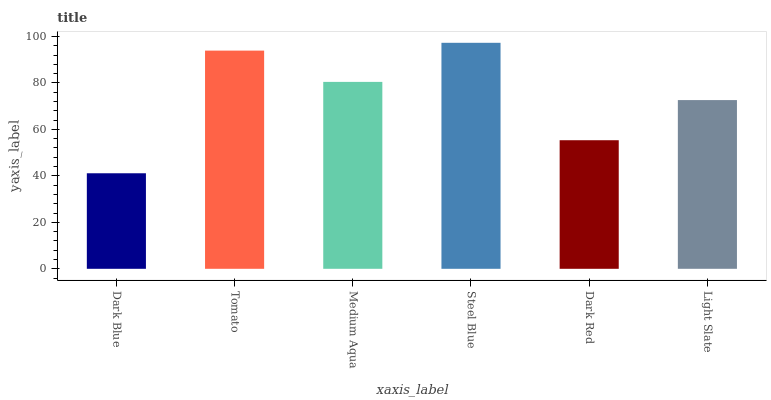
| xaxis_label | bars |
 | --- | --- |
 | Dark Blue | 41.1 |
 | Tomato | 93.9 |
 | Medium Aqua | 80.4 |
 | Steel Blue | 97.3 |
 | Dark Red | 55.3 |
 | Light Slate | 72.6 |